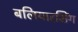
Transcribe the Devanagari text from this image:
बलियारसिंग